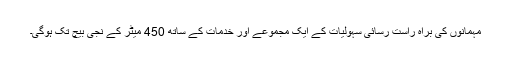
مہمانوں کی براہ راست رسائی سہولیات کے ایک مجموعے اور خدمات کے ساتھ 450 میٹر کے نجی بیچ تک ہوگی۔